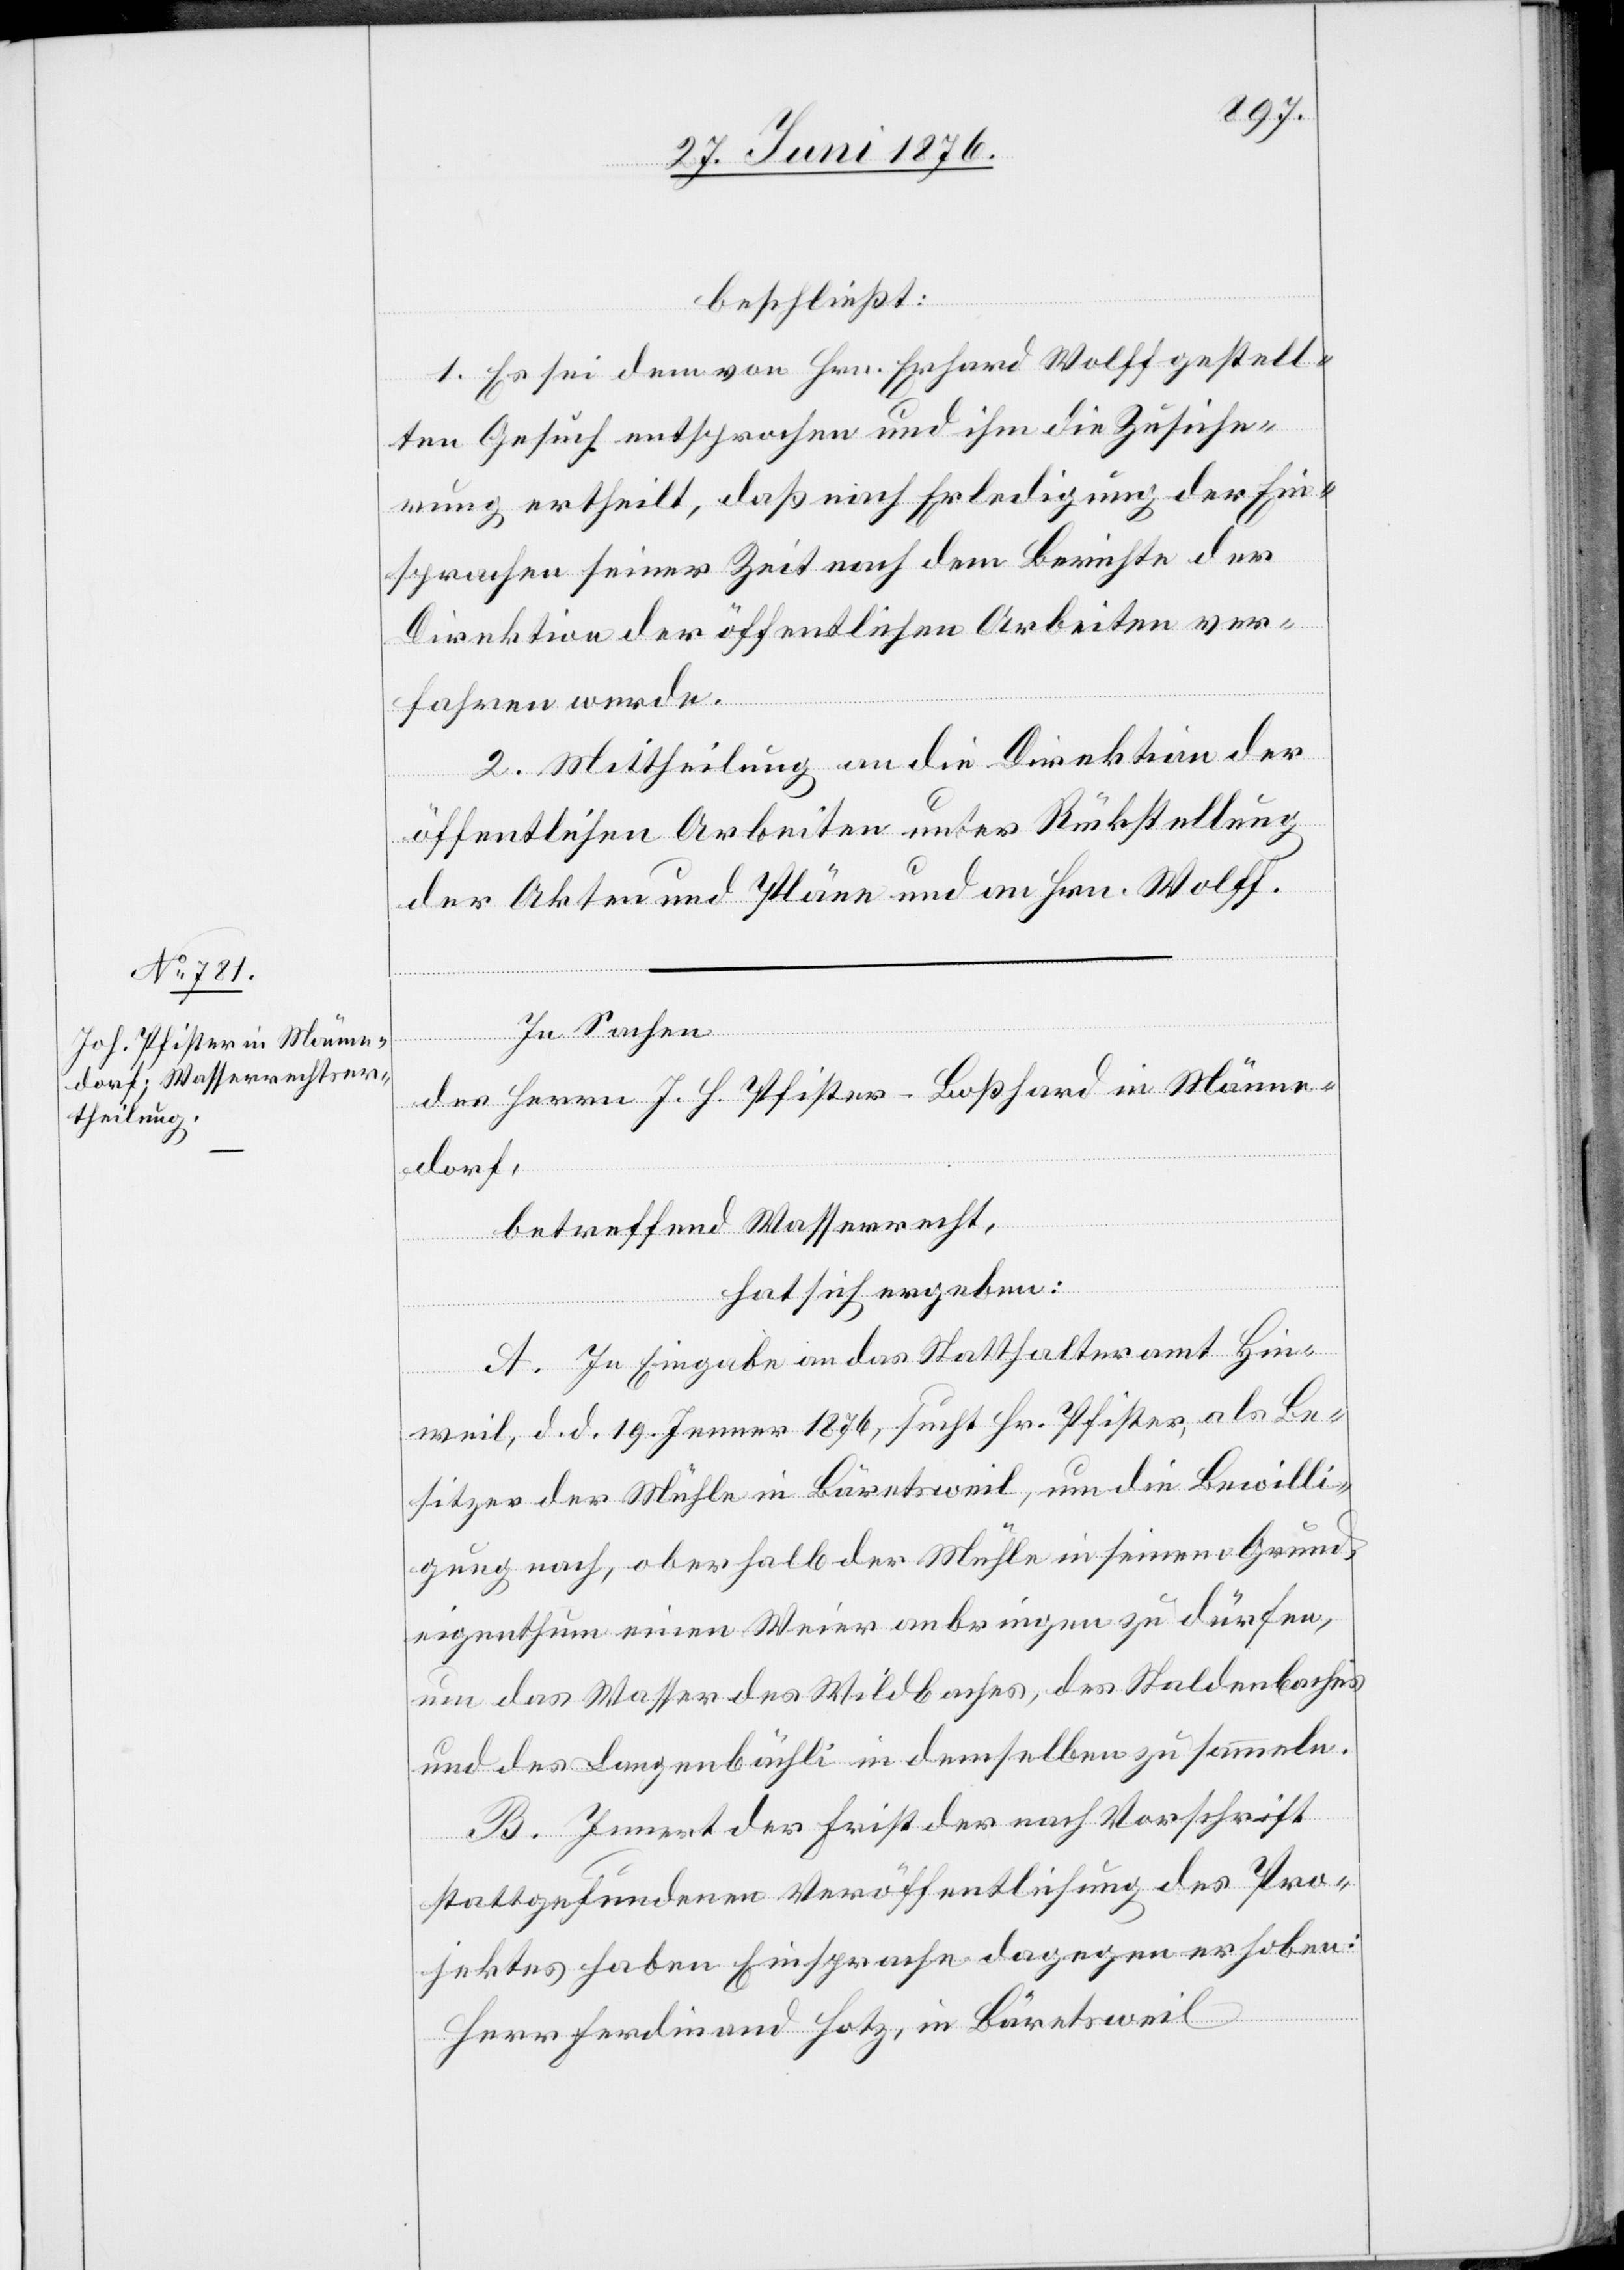
beschließt:
1. Es sei dem von Hrn. Erhard Wolff gestell¬
ten Gesuch entsprochen und ihm die Zusiche¬
rung ertheilt, daß nach Erledigung der Ein¬
sprachen seiner Zeit nach dem Berichte der
Direktion der öffentlichen Arbeiten ver¬
fahren werde.
2. Mittheilung an die Direktion der
öffentlichen Arbeiten unter Rückstellung
der Akten und Pläne und an Hrn. Wolff.
In Sachen
Des Herrn J. H. Pfister-Boßhard in Männe¬
dorf,
betreffend Wasserrecht,
hat sich ergeben:
A. In Eingabe an das Statthalteramt Hin¬
weil, d. d. 19. Jenner 1876, sucht Hr. Pfister, als Be¬
sitzer der Mühle in Bäretsweil, um die Bewilli¬
gung nach, oberhalb der Mühle in seinem Grund¬
eigenthum einen Weier anbringen zu dürfen,
um das Wasser des Wildbaches, des Staldenbaches
und des Langenbächli in demselben zu sammeln.
B. Innert der Frist der nach Vorschrift
stattgefundenen Veröffentlichung des Pro¬
jektes haben Einsprache dagegen erhoben:
Ferdinand Hotz, in Bäretsweil